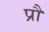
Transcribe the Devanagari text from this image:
प्रौ